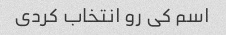
اسم کی رو انتخاب کردی